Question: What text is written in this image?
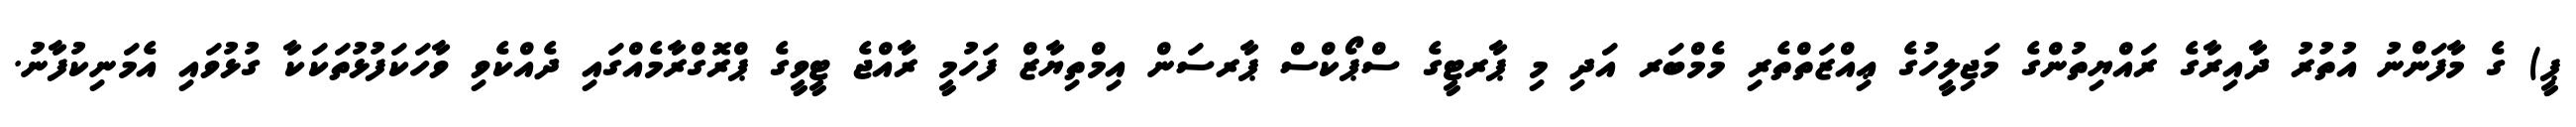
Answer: ޕީ) ގެ މާފަންނު އުތުރު ދާއިރާގެ ރައްޔިތުންގެ މަޖިލީހުގެ ޢިއްޒަތްތެރި މެމްބަރ އަދި މި ޕާރޓީގެ ސްޕޯކްސް ޕާރސަން އިމްތިޔާޒް ފަހުމީ ރާއްޖެ ޓީވީގެ ޕްރޮގްރާމެއްގައި ދެއްކެވި ވާހަކަފުޅުތަކަކާ ގުޅުވައި އެމަނިކުފާނު.